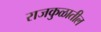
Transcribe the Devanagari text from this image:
राजकुळातील